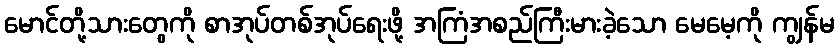
မောင်တို့သားတွေကို စာအုပ်တစ်အုပ်ရေးဖို့ အကြံအစည်ကြီးမားခဲ့သော မေမေ့ကို ကျွန်မ